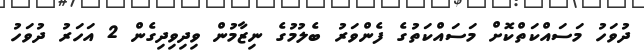
ދުވަހު މަސައްކަތްކޮށް މަސައްކަތުގެ ފެންވަރު ބެލުމުގެ ނިޒާމުން ވިދިވިދިގެން 2 އަހަރު ދުވަހު